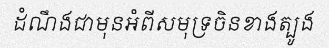
ដំណឹងជាមុនអំពីសមុទ្រចិនខាងត្បូង